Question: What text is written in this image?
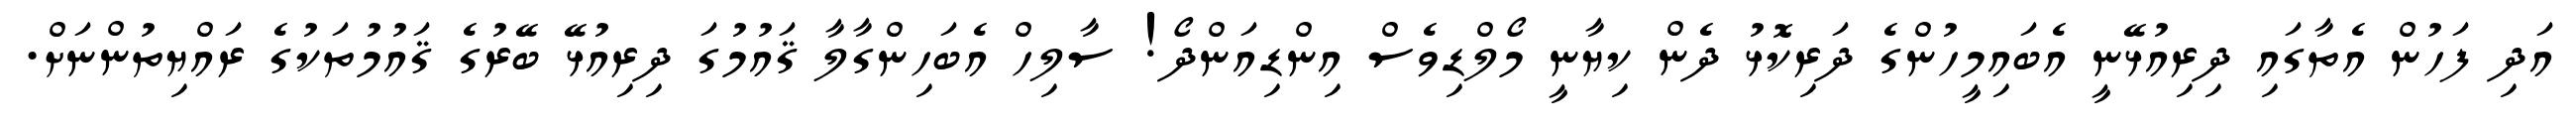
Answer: އަދި ފަހުން އެތާގައި ދިރިއުޅޭނީ އެބައިމީހުންގެ ދަރިކޮޅު ދެން ކިޔާނީ މޯލްޑިވެސް އިންޑިއަންދޯ! ސާލިހް އެބަހިންގާލާ ޤައުމުގަ ދިރިއުޅޭ ބޭރުގެ ޤައުމުތަކުގެ ރައްޔިތުންނަށް.